Indian Medical Review
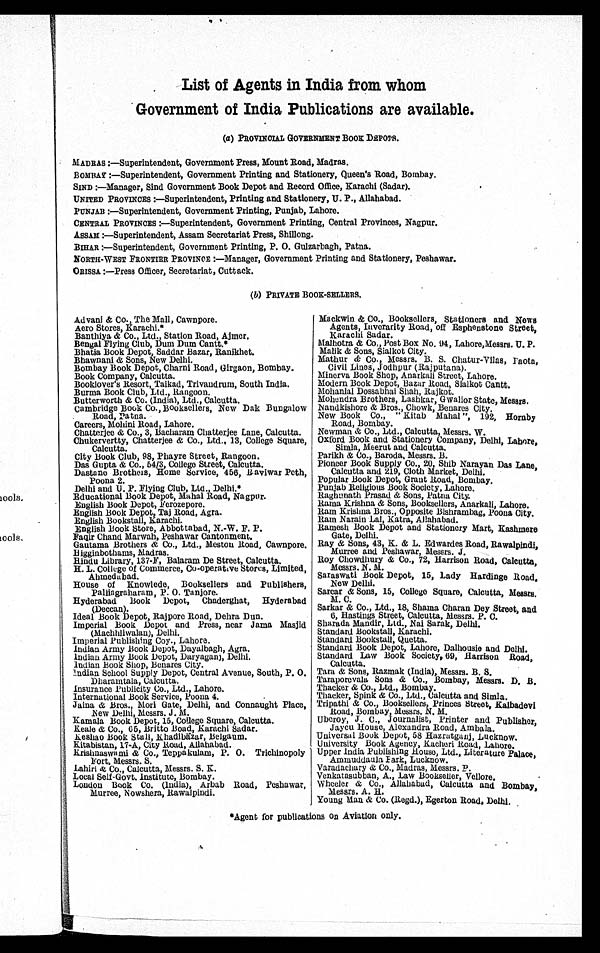
List of Agents in India from whom
Government of India Publications are available.
(a) PROVINCIAL GOVERNMENT BOOK DEPOTS.
MADRAS :—Superintendent, Government Press, Mount Road, Madras.
BOMBAY :—Superintendent, Government Printing and Stationery, Queen’s Road, Bombay.
SIND :—Manager, Sind Government Book Depot and Record Office, Karachi (Sadar).
UNITED PROVINCES :—Superintendent, Printing and Stationery, U. P., Allahabad.
PUNJAB :—Superintendent, Government Printing, Punjab, Lahore.
CENTRAL PROVINCES :—Superintendent, Government Printing, Central Provinces, Nagpur.
ASSAM :—Superintendent, Assam Secretariat Press, Shillong.
BIHAR :—Superintendent, Government Printing, P. O. Gulzarbagh, Patna.
NORTH-WEST FRONTIER PROVINCE :—Manager, Government Printing and Stationery, Peshawar.
ORISSA :—Press Officer, Secretariat, Cuttack.
(b) PRIVATE B00E-SELLERS.
Advani & Co., The Mall, Cawnpore.
Aero Stores, Karachi.*
Banthiya & Co., Ltd, . Station Road, Ajmer.
Bengal Flying Club, Dum Dum Cantt.*
Bhatia Book Depot, Saddar Bazar, Ranikhet.
Bhawnani & Sons, New Delhi.
Bombay Book Depot, Charni Road, Girgaon, Bombay.
Book Company, Calcutta.
Booklover’s Resort,Taikad, Trivandrum, South India.
Burma Book Club, Ltd., Rangoon.
Butterworth & Co.(India), Ltd., Calcutta.
Cambridge Book Co., Booksellers, New Dak Bungalow
Road, Patna.
Careers, Mohini Road, Lahore.
Chatterjee & Co., 3, Bacharam Chatterjee Lane, Calcutta.
Chukervertty, Chatterjee & Co., Ltd., 13, College Square,
Calcutta.
City Book Club, 98, Phayre Street, Rangoon.
Das Gupta & Co., 54/3, College Street, Calcutta.
Dastane Brothers, Home Service, 456, Baviwar Peth,
Poona 2.
Delhi and U. P. Flying Club, Ltd., Delhi.*
Educational Book Depot, Mahal Road, Nagpur.
English Book Depot, Ferozepore.
English Book Depot, Taj Road, Agra.
English Bookstall, Karachi.
English Book Store, Abbottabad, N.W. F. P.
Faqir Chand Marwah, Peshawar Cantonment.
Gautama Brothers & Co., Ltd., Meston Road, Cawnpore.
Higginbothams, Madras.
Hindu Library, 137-F, Balaram De Street, Calcutta.
H. L. College of Commerce, Co-operative Stores, Limited,
Ahmedabad.
House of Knowlede, Booksellers and Publishers,
Pa lliagraharam, P. O. Tanjore.
Hyderabad Book Depot, Chaderghat, Hyderabad
(Deccan).
Ideal Book Depot, Rajpore Road, Dehra Dun.
Imperial Book Depot and Press, near Jama Masjid
(Machhliwalan), Delhi.
Imperial Publishing Coy., Lahore.
Indian Army Book Depot, Dayalbagh, Agra.
Indian Army Book Depot, Daryaganj, Delhi.
Indian Book Shop, Benares City.
Indian School Supply Depot, Central Avenue, South, P. 0.
Dharamtala, Calcutta.
Insurance Publicity Co., Ltd., Lahore.
International Book Service, Poona 4.
Jaina & Bros., Mori Gate, Delhi, and Connaught Place,
New Delhi, Messrs. J. M.
Kamala Book Depot, 15, College Square, Calcutta.
Keale & Co., 65, Britto Boad, Karachi Sadar.
lkeshao Book Stall, Khadibazar, Belgaum.
Kitabistan, 17-A, City Road, Allahabad.
krishnaswami & Co., Teppakulam, P. O. Trichinopoly
Fort, Messrs. S.
Lahiri & Co., Calcutta, Messrs. S. K.
Local Self-Govt. Institute, Bombay.
London Book Co. (India), Arbab Road, Peshawar,
Murree, Nowshera, Rawalpindi.
Mackwin & Co., Booksellers, Stationers and News
Agents, Inverarity Road, off Esphenstone Street,
Karachi Sadar.
Malhotra & Co„ Post Box No. 94, Lahore,Messrs. U. P.
Malik & Sons, Sialkot City.
Mathur & Co., Messrs. B. S. Chatur-Vilas, paota,
Civil Lines, Jodhpur (Rajputana).
Minerva Book Shop, Anarkali Street, Lahore.
Modern Book Depot, Bazar Road, Sialkot Cantt.
Mohanlal Dossabhai Shah, Rajkot.
Mohendra Brothers, Lashkar, Gwalior State, Messrs.
Nandkishore & Bros., Chowk, Benares City.
New Book Co., “ Kitab Mahal ”, 192, Hornby
Road, Bombay.
Newman & Co., Ltd., Calcutta, Messrs. W.
Oxford Book and Stationery Company, Delhi, Lahore,
Simla, Meerut and Calcutta.
Parikh & Co., Baroda, Messrs. B.
Pioneer Book Supply Co., 20, Shib Narayan Das Lane,
Calcutta and 219, Cloth Market, Delhi.
Popular Book Depot, Grant Road, Bombay.
Punjab Religious Book Society, Lahore.
Raghunath Prasad & Sons, Patna City.
Rama Krishna & Sons, Booksellers, Anarkali, Lahore.
Ram Krishna Bros., Opposite Bishrambag, Poona City.
Ram Narain Lal, Katra, Allahabad.
Ramesh Book Depot and Stationery Mart, Kashmere
Gate, Delhi.
Ray & Sons, 43, K. & L. Edwardes Road, Rawalpindi,
Murree and Peshawar, Messrs. J.
Roy Chowdhury & Co., 72, Harrison Road, Calcutta,
Messrs. N. M.
Saraswati Book Depot, 15, Lady Hardinge Road,
New Delhi.
Sarcar & Sons, 15, College Square, Calcutta, Messrs.
M. C.
Sarkar & Co., Ltd., 18, Shama Charan Dey Street, and
6, Hastings Street, Calcutta, Messrs. P. C.
Sharada Mandir, Ltd., Nai Sarak, Delhi.
Standard Bookstall, Karachi.
Standard Bookstall, Quetta.
Standard Book Depot, Lahore, Dalhousie and Delhi.
Standard Law Book Society, 69, Harrison Road,
Calcutta.
Tara & Sons, Razmak (India), Messrs. B. S.
Taraporevala Sons & Co., Bombay, Messrs. D. B.
Thacker & Co., Ltd., Bombay.
Thacker, Spink & Co., Ltd., Calcutta and Simla.
Tripathi & Co., Booksellers, Princes Street, Kalbadevi
Road, Bombay, Messrs. N. M.
Uberoy, J. C., Journalist, Printer and Publisher,
Jaycu House, Alexandra Road, Ambala.
Universal Book Depot, 58 Hazratganj, Lucknow.
University Book Agency, Kacheri Road, Lahore.
Upper India Publishing House, Ltd., Literature Palace,
Ammuddaula Park, Lucknow.
Varadachary & Co., Madras, Messrs. P.
Venkatasubban, A., Law Bookseller, Vellore.
Wheeler & Co., Allahabad, Calcutta and Bombay,
Messrs. A. H.
Young Man & Co. (Regd.), Egerton Road, Delhi.
*Agent for publications on Aviation only.